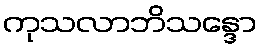
ကုသလာဘိသန္ဒော